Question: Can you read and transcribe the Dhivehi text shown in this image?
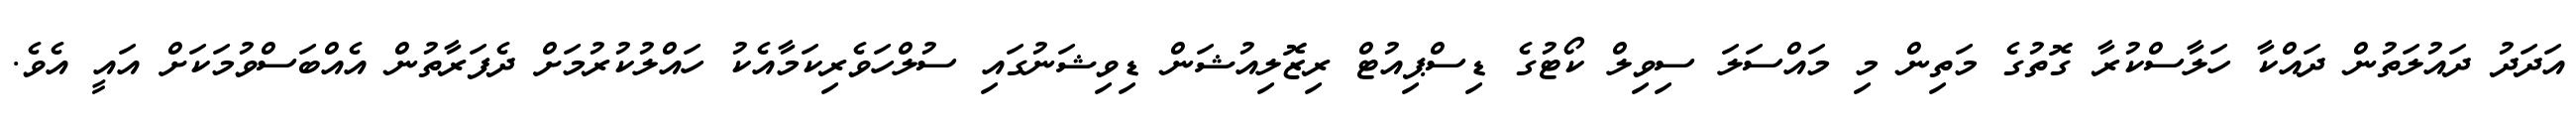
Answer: އަދަދު ދައުލަތުން ދައްކާ ހަލާސްކުރާ ގޮތުގެ މަތިން މި މައްސަލަ ސިވިލް ކޯޓުގެ ޑިސްޕިއުޓް ރިޒޮލިއުޝަން ޑިވިޝަނުގައި ސުލްހަވެރިކަމާއެކު ހައްލުކުރުމަށް ދެފަރާތުން އެއްބަސްވުމަކަށް އައީ އެވެ.